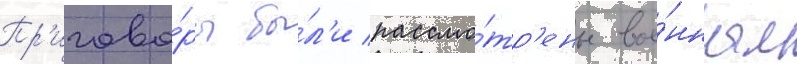
Пр'игово́ры бы́л'и рассмо́тр'ены вое́нным